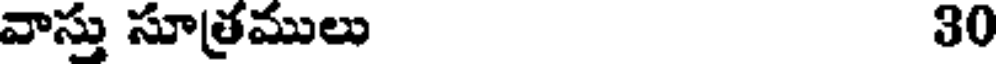
వాస్తు సూత్రములు 30